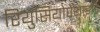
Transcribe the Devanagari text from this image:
रियुसियोपैथाइडि